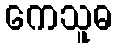
ကေသူဓ